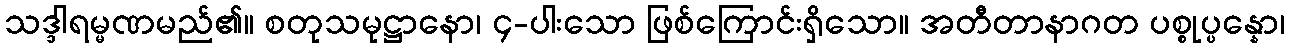
သဒ္ဒါရမ္မဏမည်၏။ စတုသမုဋ္ဌာနော၊ ၄-ပါးသော ဖြစ်ကြောင်းရှိသော။ အတီတာနာဂတ ပစ္စုပ္ပန္နော၊